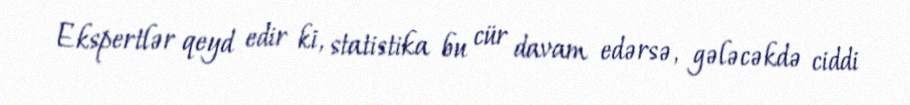
Ekspertlər qeyd edir ki, statistika bu cür davam edərsə, gələcəkdə ciddi